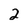
Character: 2